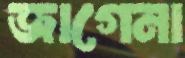
জাগেনা